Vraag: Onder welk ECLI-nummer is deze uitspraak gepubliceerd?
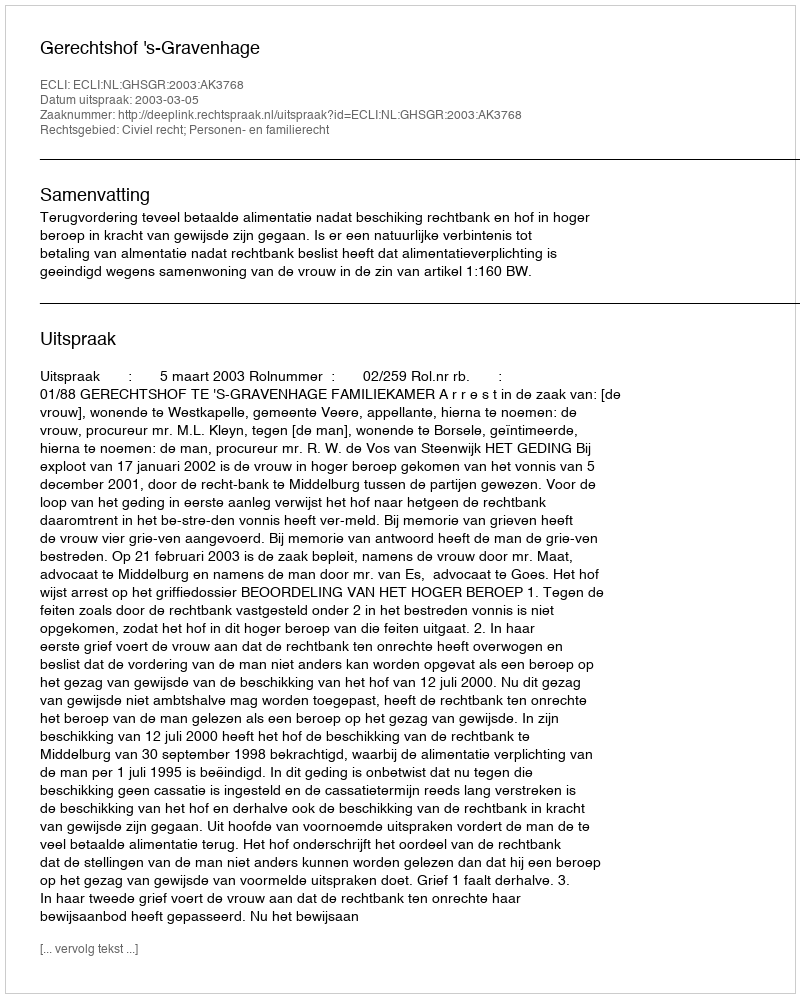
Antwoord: ECLI:NL:GHSGR:2003:AK3768